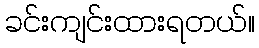
ခင်းကျင်းထားရတယ်။